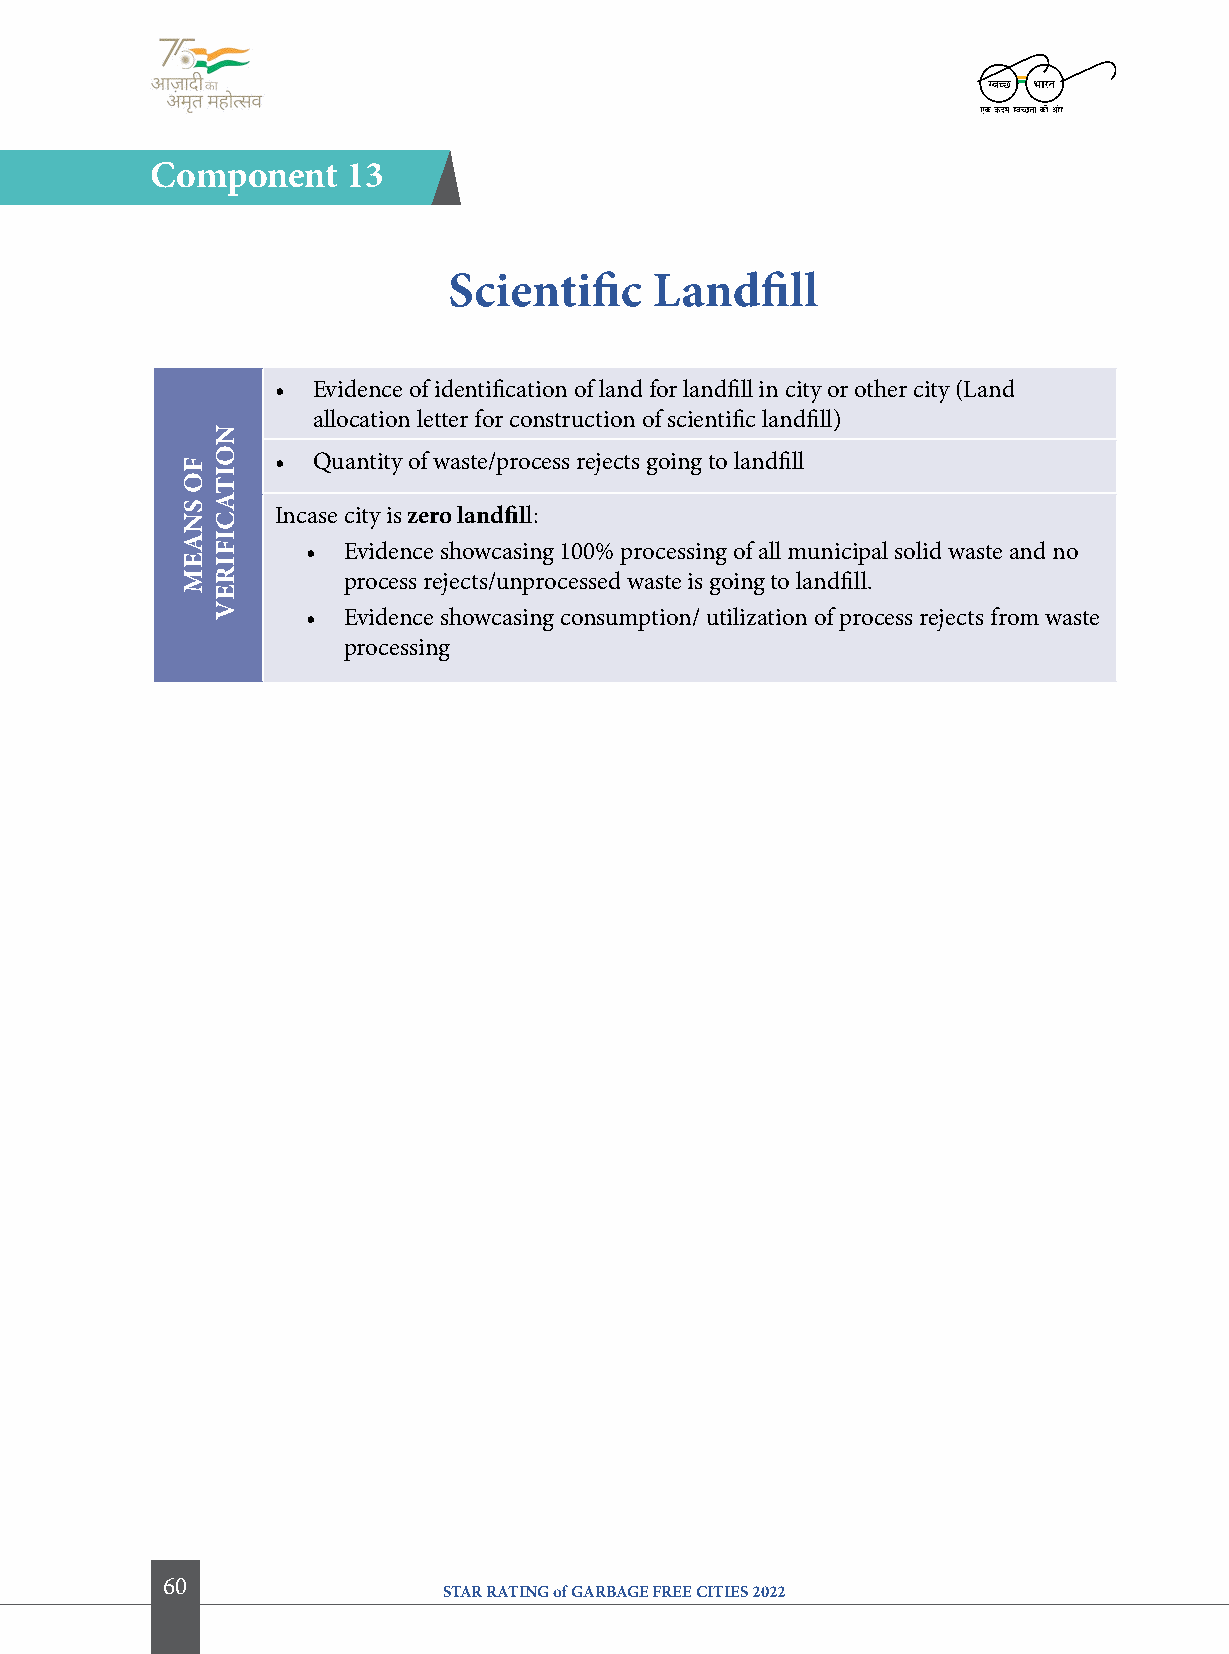
component    13
 Scientific   landfill
 •  Evidence of identification of land for landfill in city or other city (Land
 allocation letter for construction of scientific landfill)
 •  Quantity of waste/process rejects going to landfill
 Incase city is zero landfill:
 •  Evidence showcasing 100% processing of all municipal solid waste and no
 process rejects/unprocessed waste is going to landfill.
 •  Evidence showcasing consumption/ utilization of process rejects from waste
 processing
 60
 STAR RATING of GARBAGE FREE CITIES 2022
 fo
 SNaeM
 NoitacifireV